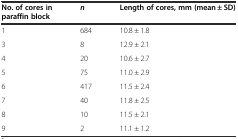
<table><thead><tr><td><b>No. of cores in paraffin block</b></td><td><b><i>n</i></b></td><td><b>Length of cores, mm (mean ± SD)</b></td></tr></thead><tbody><tr><td>1</td><td>684</td><td>10.8 ± 1.8</td></tr><tr><td>3</td><td>8</td><td>12.9 ± 2.1</td></tr><tr><td>4</td><td>20</td><td>10.6 ± 2.7</td></tr><tr><td>5</td><td>75</td><td>11.0 ± 2.9</td></tr><tr><td>6</td><td>417</td><td>11.5 ± 2.4</td></tr><tr><td>7</td><td>40</td><td>11.8 ± 2.5</td></tr><tr><td>8</td><td>10</td><td>11.5 ± 2.1</td></tr><tr><td>9</td><td>2</td><td>11.1 ± 1.2</td></tr></tbody></table>